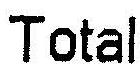
TOTAL